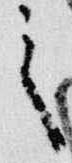
之